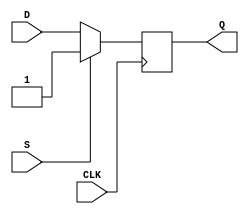
module DFF (
    input D, CLK, S,
    output reg Q
);

always @ (posedge CLK) begin
    if (S) begin
        Q <= 1'b1;
    end else begin
        Q <= D;
    end
end

endmodule